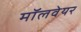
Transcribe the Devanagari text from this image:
मॉलवेयर